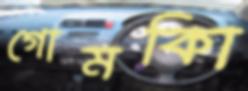
গোমকিা